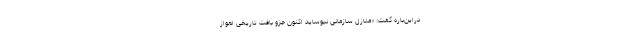
دراین‌باره گفت: «منازل سازمانی نیوساید اکنون جزو بافت تاریخی اهواز